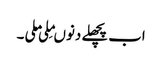
اب پچھلے دنوںمِلی ملی ۔